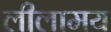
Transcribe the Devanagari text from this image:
लीलामय